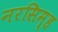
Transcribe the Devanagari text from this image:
नरसिम्ह